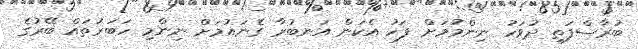
ބުރާސްފަތި ދުވަހު ނިންމުމަށް ފަހު އެކަން އަނބުރާ ގެނައުމަށް ނިންމި ހަބަރުތައް ބޭރުގެ